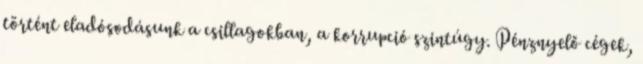
történt eladósodásunk a csillagokban, a korrupció szintúgy. Pénznyelő cégek,